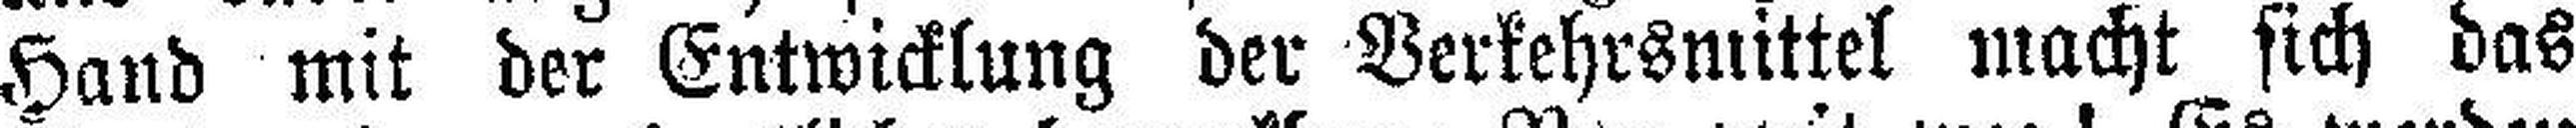
Hand mit der Entwicklung der Verkehrsmittel macht sich das